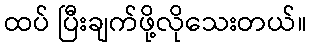
ထပ် ပြီးချက်ဖို့လိုသေးတယ်။